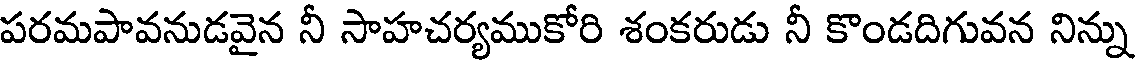
పరమపావనుడవైన నీ సాహచర్యముకోరి శంకరుడు నీ కొండదిగువన నిన్ను